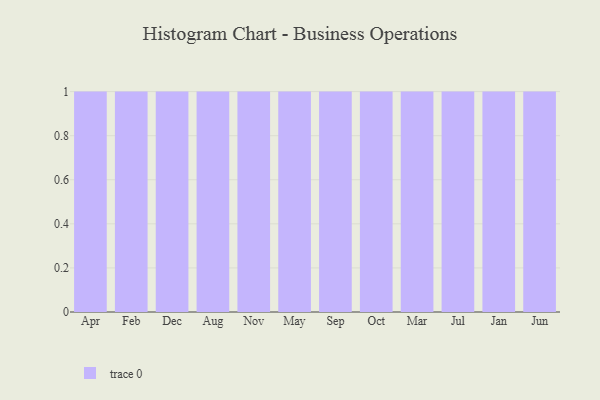
{"axis": {"x": "Month", "y": "Net Income (USD K)"}, "legend": [""], "data": [{"x": "Apr", "y": 38, "type": ""}, {"x": "Feb", "y": 18, "type": ""}, {"x": "Dec", "y": 23, "type": ""}, {"x": "Aug", "y": 14, "type": ""}, {"x": "Nov", "y": 70, "type": ""}, {"x": "May", "y": 68, "type": ""}, {"x": "Sep", "y": 19, "type": ""}, {"x": "Oct", "y": 53, "type": ""}, {"x": "Mar", "y": 26, "type": ""}, {"x": "Jul", "y": 23, "type": ""}, {"x": "Jan", "y": 67, "type": ""}, {"x": "Jun", "y": 72, "type": ""}]}